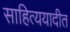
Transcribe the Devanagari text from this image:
साहित्ययादीत